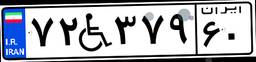
۷۲W۳۷۹۶۰